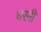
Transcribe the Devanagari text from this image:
घरनी